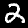
Label: 2